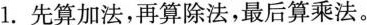
1.先算加法，再算除法，最后算乘法。